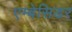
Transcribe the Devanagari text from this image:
एम्बेसिडर